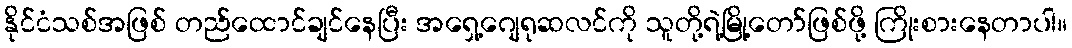
နိုင်ငံသစ်အဖြစ် တည်ထောင်ချင်နေပြီး အရှေ့ဂျေရုဆလင်ကို သူတို့ရဲ့မြို့တော်ဖြစ်ဖို့ ကြိုးစားနေတာပါ။